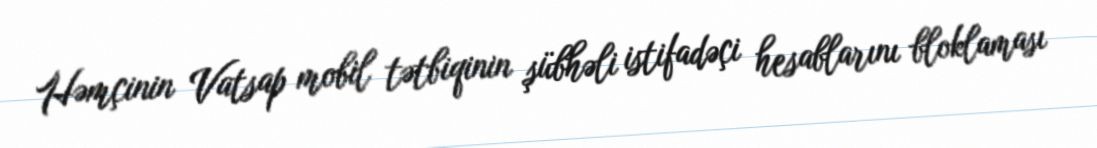
Həmçinin Vatsap mobil tətbiqinin şübhəli istifadəçi hesablarını bloklaması